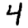
Digit: 4